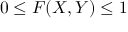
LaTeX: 0 \leq F ( X , Y ) \leq 1